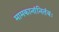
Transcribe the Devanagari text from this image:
मामकानांनितंबः